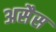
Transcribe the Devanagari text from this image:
असैस